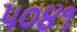
૫૦૪૧